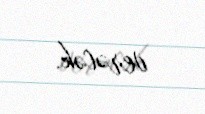
verəcək.